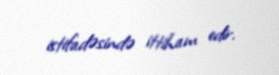
istifadəsində ittiham edir.